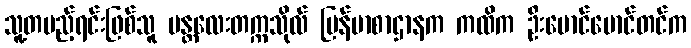
သူ့တပည့်ရင်းဖြစ်သူ မန္တလေးတက္ကသိုလ် မြန်မာစာဌာနက ကထိက ဦးမောင်မောင်တင်က